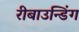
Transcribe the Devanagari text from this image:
रीबाउन्डिंग